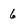
Character: 6